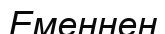
Еменнен